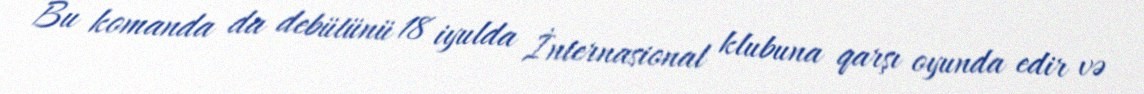
Bu komanda da debütünü 18 iyulda İnternasional klubuna qarşı oyunda edir və